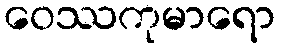
ဝေဿကုမာရော